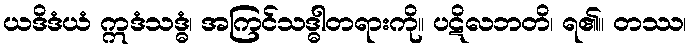
ယဒိဒံယံ ဣဒံသဒ္ဓံ၊ အကြင်သဒ္ဓါတရားကို။ ပဋိလဘတိ၊ ရ၏။ တဿ၊